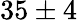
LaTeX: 35\pm 4